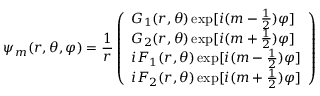
\psi _ { m } ( r , \theta , \varphi ) = \frac { 1 } { r } \left( \begin{array} { l } { G _ { 1 } ( r , \theta ) \exp [ i ( m - \frac { 1 } { 2 } ) \varphi ] } \\ { G _ { 2 } ( r , \theta ) \exp [ i ( m + \frac { 1 } { 2 } ) \varphi ] } \\ { i F _ { 1 } ( r , \theta ) \exp [ i ( m - \frac { 1 } { 2 } ) \varphi ] } \\ { i F _ { 2 } ( r , \theta ) \exp [ i ( m + \frac { 1 } { 2 } ) \varphi ] } \end{array} \right)